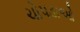
ચોપડાઓ